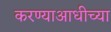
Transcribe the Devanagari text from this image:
करण्याआधीच्या